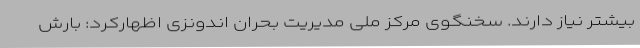
بیشتر نیاز دارند. سخنگوی مرکز ملی مدیریت بحران اندونزی اظهارکرد: بارش